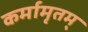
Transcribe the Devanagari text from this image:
कर्मामृतम्